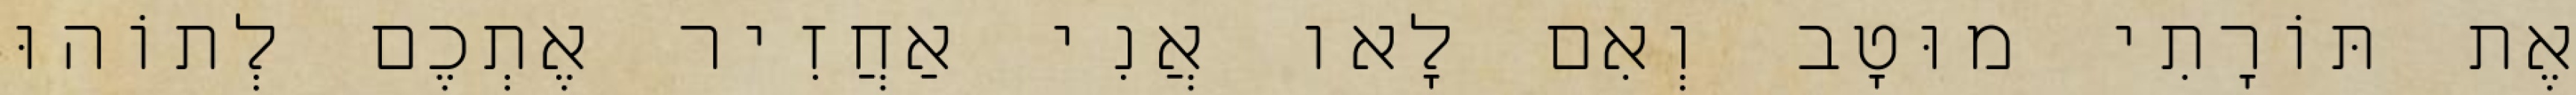
אֶת תּוֹרָתִי מוּטָב וְאִם לָאו אֲנִי אַחֲזִיר אֶתְכֶם לְתוֹהוּ